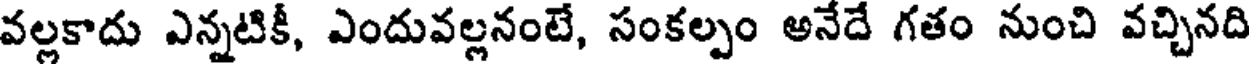
వల్లకాదు ఎన్నటికీ, ఎందువల్లనంటే, సంకల్పం అనేదే గతం నుంచి వచ్చినది